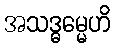
အသဒ္ဓမ္မေဟိ